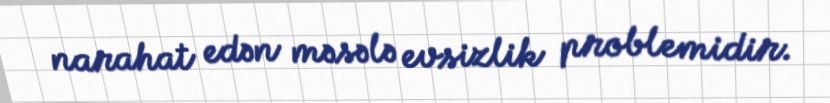
narahat edən məsələ evsizlik problemidir.